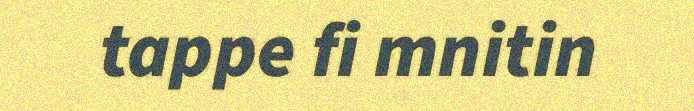
tappe fi mnitin